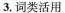
3.词类活用